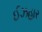
ઈઝહાર